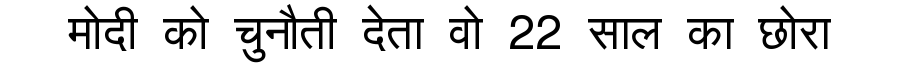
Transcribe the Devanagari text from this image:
मोदी को चुनौती देता वो 22 साल का छोरा